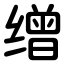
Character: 缯